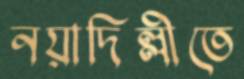
নয়াদিল্লীতে